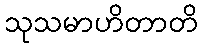
သုသမာဟိတာတိ